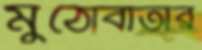
মুঠোবার্তার